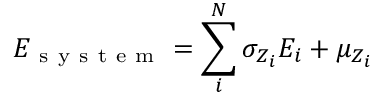
E _ { \mathrm { ~ s ~ y ~ s ~ t ~ e ~ m ~ } } = \sum _ { i } ^ { N } { \sigma _ { Z _ { i } } E _ { i } + \mu _ { Z _ { i } } }